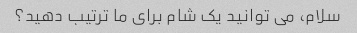
سلام، می توانید یک شام برای ما ترتیب دهید؟